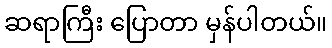
ဆရာကြီး ပြောတာ မှန်ပါတယ်။